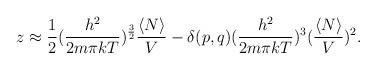
LaTeX: \begin{align*}z\approx{1\over 2}({h^{2}\over 2m\pi kT})^{3\over 2}{\langle N\rangle\over V}-\delta(p,q)({h^{2}\over 2m\pi kT})^{3}({\langle N\rangle\over V})^{2}.\end{align*}